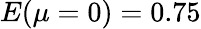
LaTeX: E(\mu=0)=0.75